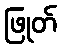
ဖြုတ်